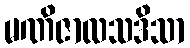
မဏိဇာလသဒိသာ